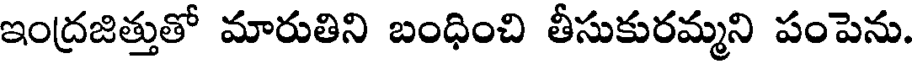
ఇంద్రజిత్తుతో మారుతిని బంధించి తీసుకురమ్మని పంపెను.